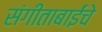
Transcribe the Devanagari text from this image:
संगीताबाईंचे